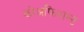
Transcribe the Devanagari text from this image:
कोअफिशन्ट